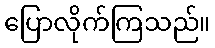
ပြောလိုက်ကြသည်။